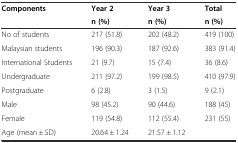
| Components | Year 2 | Year 3 | Total |
 |  | n (%) | n (%) | n (%) |
 | --- | --- | --- | --- |
 | No of students | 217 (51.8) | 202 (48.2) | 419 (100) |
 | Malaysian students | 196 (90.3) | 187 (92.6) | 383 (91.4) |
 | International Students | 21 (9.7) | 15 (7.4) | 36 (8.6) |
 | Undergraduate | 211 (97.2) | 199 (98.5) | 410 (97.9) |
 | Postgraduate | 6 (2.8) | 3 (1.5) | 9 (2.1) |
 | Male | 98 (45.2) | 90 (44.6) | 188 (45) |
 | Female | 119 (54.8) | 112 (55.4) | 231 (55) |
 | Age (mean ± SD) | 20.64 ± 1.24 | 21.57 ± 1.12 |  |